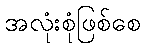
အလုံးစုံဖြစ်စေ